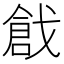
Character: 戧